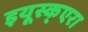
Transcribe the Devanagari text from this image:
इयूस्क्एरा